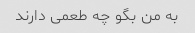
به من بگو چه طعمی دارند